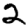
Digit: 2